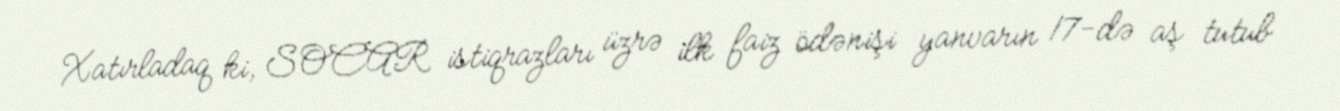
Xatırladaq ki, SOCAR istiqrazları üzrə ilk faiz ödənişi yanvarın 17-də aş tutub